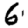
Digit: 6